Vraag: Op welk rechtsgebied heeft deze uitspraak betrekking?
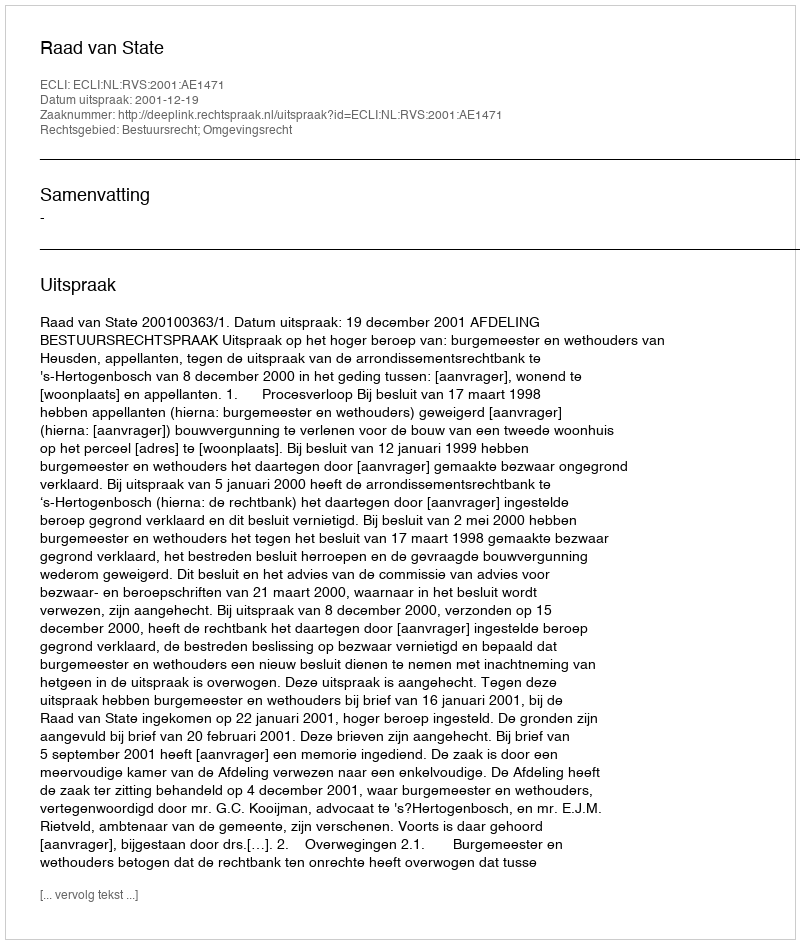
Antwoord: Bestuursrecht; Omgevingsrecht